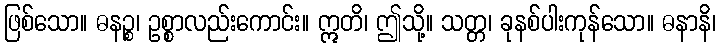
ဖြစ်သော။ ဓနဉ္စ၊ ဥစ္စာလည်းကောင်း။ ဣတိ၊ ဤသို့။ သတ္တ၊ ခုနစ်ပါးကုန်သော။ ဓနာနိ၊